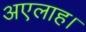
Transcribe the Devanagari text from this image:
अएलाह।